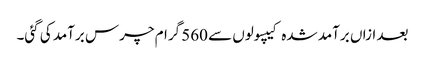
بعد ازاں برآمد شدہ کیپسولوں سے 560 گرام چرس برآمد کی گئی۔